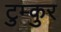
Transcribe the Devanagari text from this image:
टुम्कुर